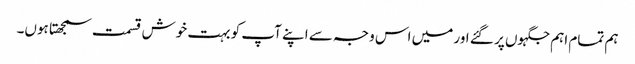
ہم تمام اہم جگہوں پر گئے اور میں اس وجہ سے اپنے آپ کو بہت خوش قسمت سمجھتا ہوں۔